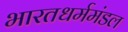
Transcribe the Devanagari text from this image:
भारतधर्ममंडल